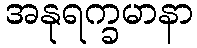
အနုရက္ခမာနာ